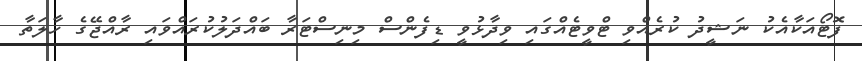
ފޮޓޯއަކާއެކު ނަޝީދު ކުރެއްވި ޓްވީޓެއްގައި ވިދާޅުވީ ޑިފެންސް މިނިސްޓަރާ ބައްދަލުކުރައްވައި ރާއްޖޭގެ ހާލަތާ